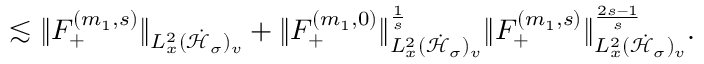
\begin{array} { r } { \lesssim \| F _ { + } ^ { ( m _ { 1 } , s ) } \| _ { L _ { x } ^ { 2 } ( \dot { \mathcal H } _ { \sigma } ) _ { v } } + \| F _ { + } ^ { ( m _ { 1 } , 0 ) } \| _ { L _ { x } ^ { 2 } ( \dot { \mathcal H } _ { \sigma } ) _ { v } } ^ { \frac { 1 } { s } } \| F _ { + } ^ { ( m _ { 1 } , s ) } \| _ { L _ { x } ^ { 2 } ( \dot { \mathcal H } _ { \sigma } ) _ { v } } ^ { \frac { 2 s - 1 } { s } } . } \end{array}